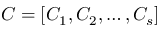
C = [ C _ { 1 } , C _ { 2 } , \dots , C _ { s } ]